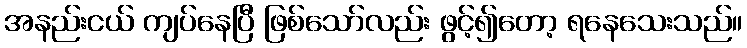
အနည်းငယ် ကျပ်နေပြီ ဖြစ်သော်လည်း ဖွင့်၍တော့ ရနေသေးသည်။